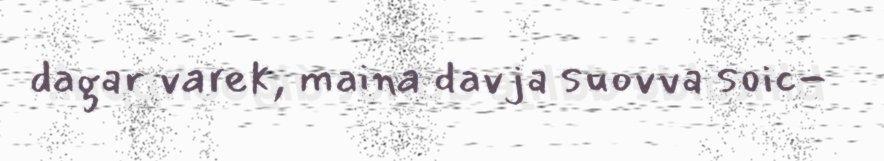
dagar varek, maina davja suovva soic-